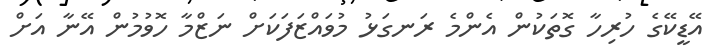
އޭޑީކޭގެ ހުރިހާ ގޮތަކުން އެންމެ ރަނގަޅު މުވައްޒަފަކަށް ނަޒްމާ ހޮވުމުން އޭނާ އަށް